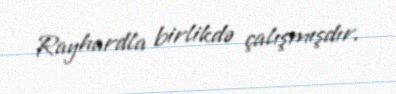
Rayhardla birlikdə çalışmışdır.